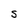
Character: S